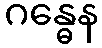
ဂန္ဓေန